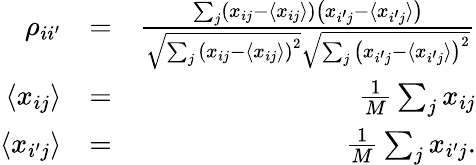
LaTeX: \begin{array}{rlr}{\rho_{ii^{\prime}}}&{=}&{\frac{\sum_{j}\left(x_{ij}-\langle x_{ij}\rangle\right)\left(x_{i^{\prime}j}-\langle x_{i^{\prime}j}\rangle\right)}{\sqrt{\sum_{j}\left(x_{ij}-\langle x_{ij}\rangle\right)^{2}}\sqrt{\sum_{j}\left(x_{i^{\prime}j}-\langle x_{i^{\prime}j}\rangle\right)^{2}}}}\\ {\langle x_{ij}\rangle}&{=}&{\frac{1}{M}\sum_{j}x_{ij}}\\ {\langle x_{i^{\prime}j}\rangle}&{=}&{\frac{1}{M}\sum_{j}x_{i^{\prime}j}.}\end{array}